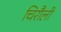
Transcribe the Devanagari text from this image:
चिरौली